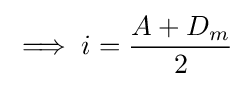
\implies i={\frac {A+D_{m}}{2}}